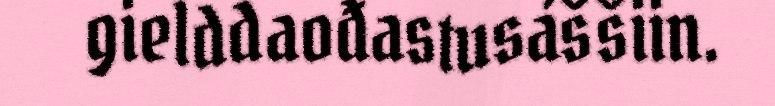
gielddaođastusáššiin.